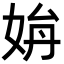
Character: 𡜫